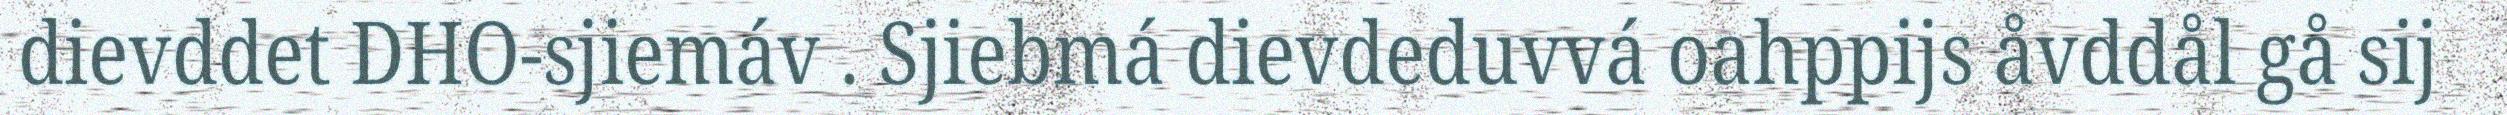
dievddet DHO-sjiemáv . Sjiebmá dievdeduvvá oahppijs åvddål gå sij